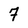
Character: 7